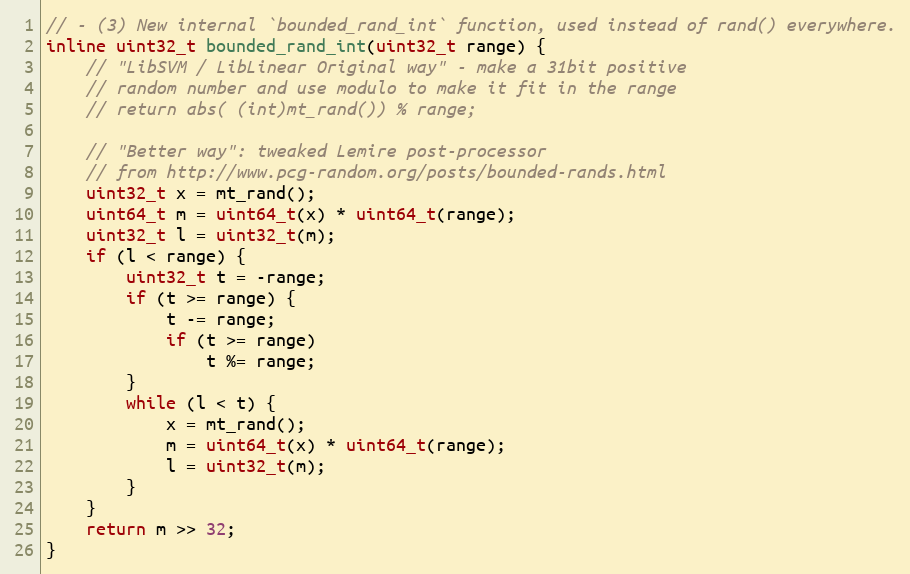
Language: C
// - (3) New internal `bounded_rand_int` function, used instead of rand() everywhere.
inline uint32_t bounded_rand_int(uint32_t range) {
    // "LibSVM / LibLinear Original way" - make a 31bit positive
    // random number and use modulo to make it fit in the range
    // return abs( (int)mt_rand()) % range;

    // "Better way": tweaked Lemire post-processor
    // from http://www.pcg-random.org/posts/bounded-rands.html
    uint32_t x = mt_rand();
    uint64_t m = uint64_t(x) * uint64_t(range);
    uint32_t l = uint32_t(m);
    if (l < range) {
        uint32_t t = -range;
        if (t >= range) {
            t -= range;
            if (t >= range)
                t %= range;
        }
        while (l < t) {
            x = mt_rand();
            m = uint64_t(x) * uint64_t(range);
            l = uint32_t(m);
        }
    }
    return m >> 32;
}